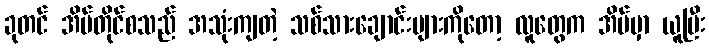
ခုတင် အိမ်တိုင်စသည် အသုံးကျတဲ့ သစ်သားချောင်းများကိုတော့ လူတွေက အိမ်မှာ ယူပြီး